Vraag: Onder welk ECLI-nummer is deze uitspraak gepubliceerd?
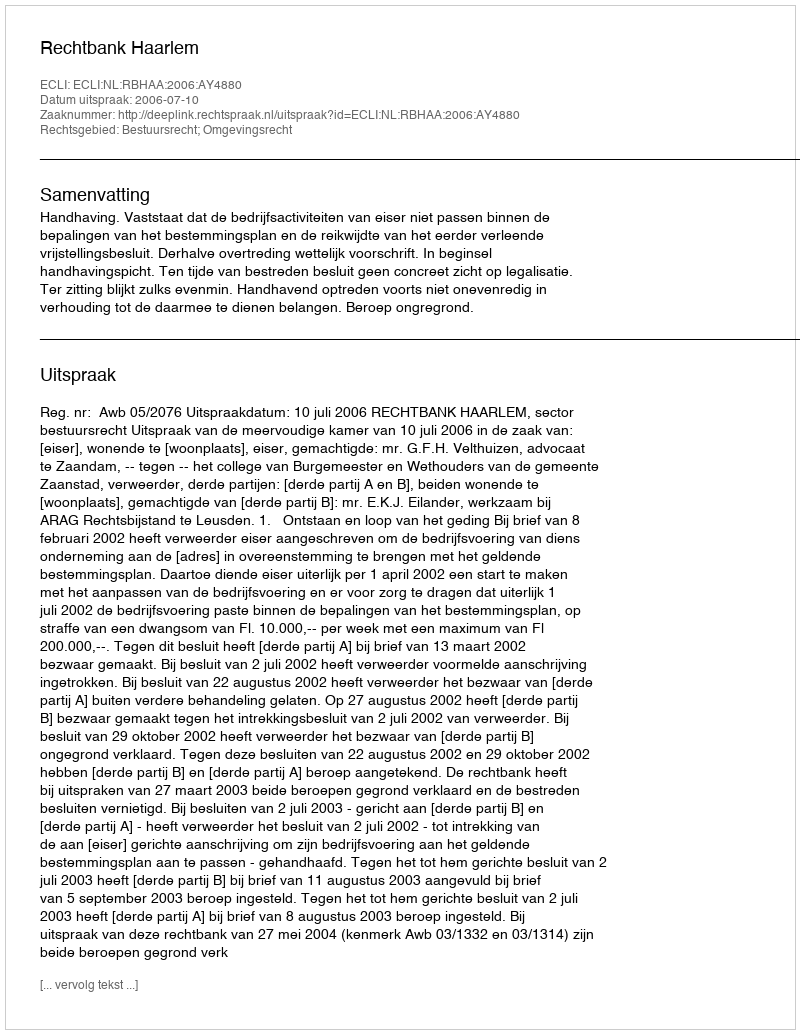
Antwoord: ECLI:NL:RBHAA:2006:AY4880